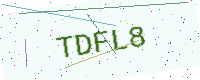
Text: TDFL8